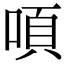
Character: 㖽